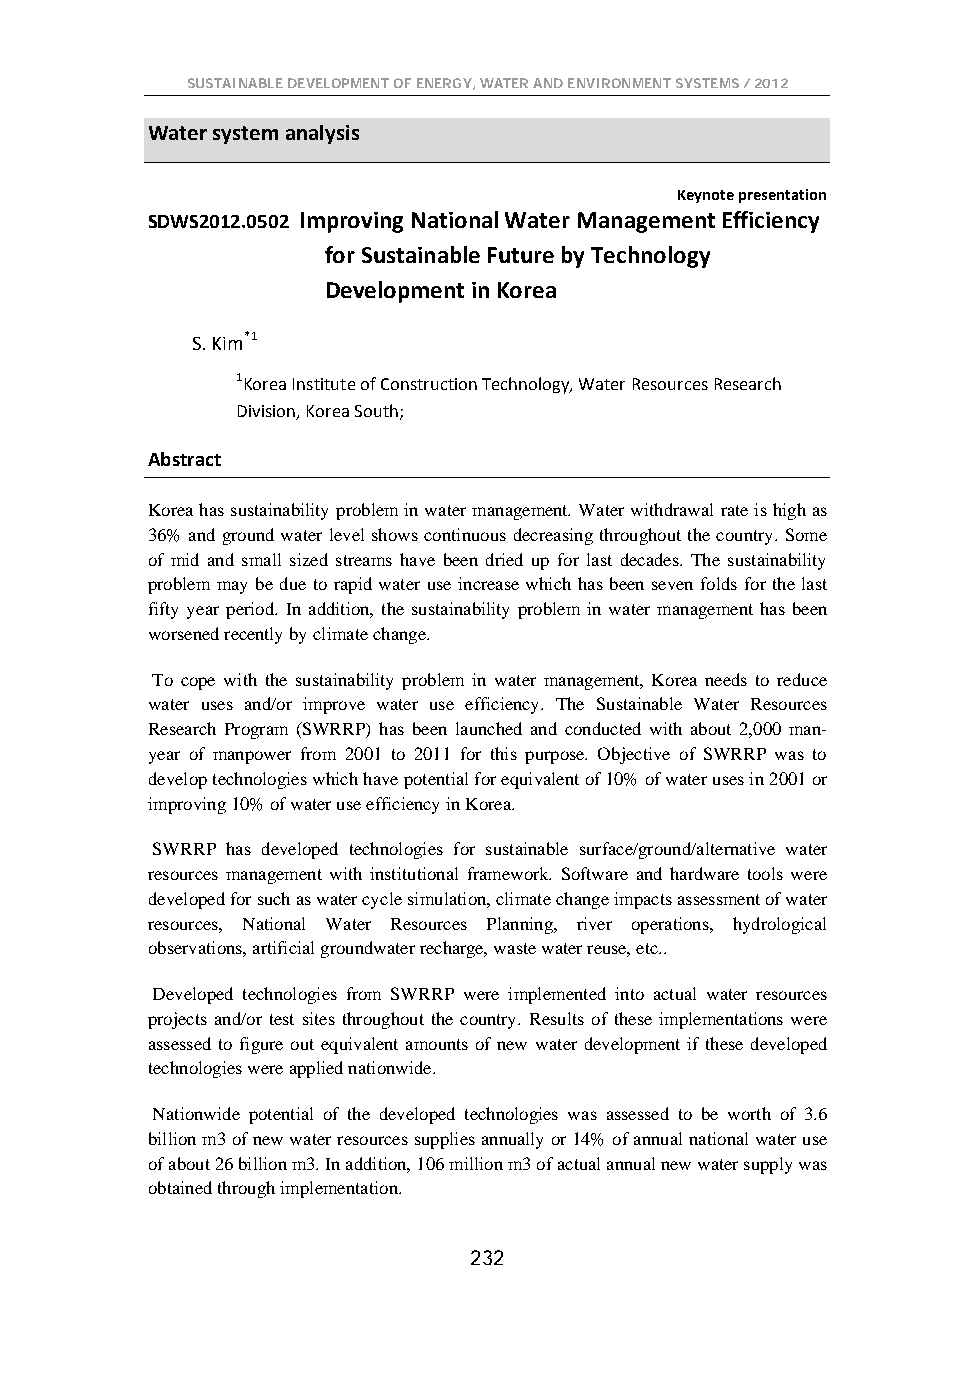
SUSTAINABLE DEVELOPMENT OF ENERGY, WATER AND ENVIRONMENT SYSTEMS / 2012
 Water system analysis
 Keynote presentation
 SDWS2012.0502 Improving National Water Management Efficiency
 for Sustainable Future by Technology
 Development in Korea
 S. Kim*1
 1Korea Institute of Construction Technology, Water Resources Research
 Division, Korea South;
 Abstract
 Korea has sustainability problem in water management. Water withdrawal rate is high as
 36% and ground water level shows continuous decreasing throughout the country. Some
 of mid and small sized streams have been dried up for last decades. The sustainability
 problem may be due to rapid water use increase which has been seven folds for the last
 fifty year period. In addition, the sustainability problem in water management has been
 worsened recently by climate change.
 To cope with the sustainability problem in water management, Korea needs to reduce
 water uses and/or improve water use efficiency. The Sustainable Water Resources
 Research Program (SWRRP) has been launched and conducted with about 2,000 man-
 year of manpower from 2001 to 2011 for this purpose. Objective of SWRRP was to
 develop technologies which have potential for equivalent of 10% of water uses in 2001 or
 improving 10% of water use efficiency in Korea.
 SWRRP has developed technologies for sustainable surface/ground/alternative water
 resources management with institutional framework. Software and hardware tools were
 developed for such as water cycle simulation, climate change impacts assessment of water
 resources, National Water Resources Planning, river operations, hydrological
 observations, artificial groundwater recharge, waste water reuse, etc..
 Developed technologies from SWRRP were implemented into actual water resources
 projects and/or test sites throughout the country. Results of these implementations were
 assessed to figure out equivalent amounts of new water development if these developed
 technologies were applied nationwide.
 Nationwide potential of the developed technologies was assessed to be worth of 3.6
 billion m3 of new water resources supplies annually or 14% of annual national water use
 of about 26 billion m3. In addition, 106 million m3 of actual annual new water supply was
 obtained through implementation.
 232